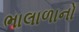
ભાલાળાનો